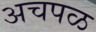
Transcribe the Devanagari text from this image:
अचपळ